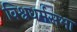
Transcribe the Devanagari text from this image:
विश्वधर्मसभा